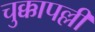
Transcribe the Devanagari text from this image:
चुक्कापल्ली